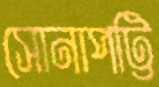
সোনাপট্টি